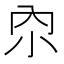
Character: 𫴹